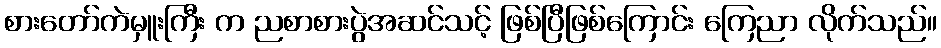
စားတော်ကဲမှူးကြီး က ညစာစားပွဲအဆင်သင့် ဖြစ်ပြီဖြစ်ကြောင်း ကြေညာ လိုက်သည်။